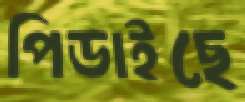
পিডাইছে